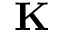
\mathbf K